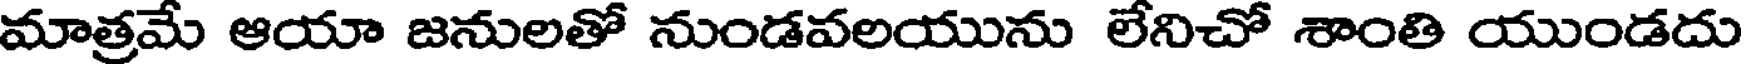
మాత్రమే ఆయా జనులతో నుండవలయును లేనిచో శాంతి యుండదు